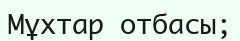
Мұхтар отбасы;